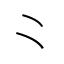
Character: ⺀